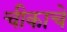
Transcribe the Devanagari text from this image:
चीकाचे